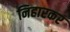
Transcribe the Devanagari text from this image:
निहारकर